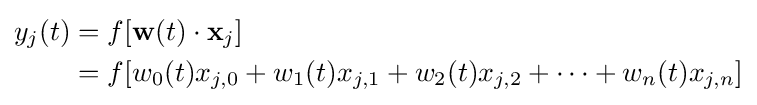
{\begin{aligned}y_{j}(t)&=f[\mathbf {w} (t)\cdot \mathbf {x} _{j}]\\&=f[w_{0}(t)x_{j,0}+w_{1}(t)x_{j,1}+w_{2}(t)x_{j,2}+\dotsb +w_{n}(t)x_{j,n}]\end{aligned}}